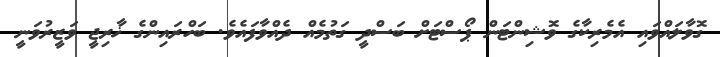
ގޮވާލައްވައި އެމެރިކާގެ ވޮޝިންޓަން ޕޯސްޓަށް ބަސްދީ ގަތުމެއް ދެއްވާފައެވެ. ބަހްރައިންގެ ޚާރިޖީ ވަޒީރުވަނީ